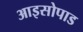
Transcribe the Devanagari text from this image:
आइसोपाड